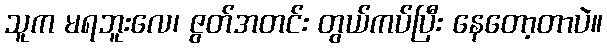
သူက မရဘူးလေ၊ ဇွတ်အတင်း တွယ်ကပ်ပြီး နေတော့တာပဲ။